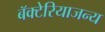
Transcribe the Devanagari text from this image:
बॅक्टेरियाजन्य